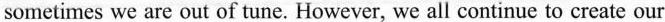
sometimes we are out of tune. However, we all continue to create our